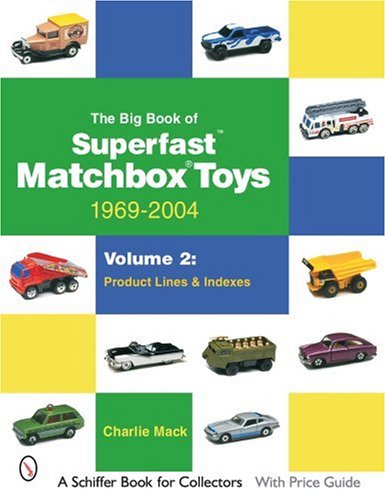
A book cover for The Big Book of Superfast Matchbox Toys: 1969-2004, Volume 2: Product Lines and Indexes (Schiffer Book for Collectors); Charlie Mack; Crafts, Hobbies & Home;